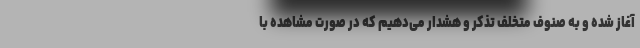
آغاز شده و به صنوف متخلف تذکر و هشدار می‌دهیم که در صورت مشاهده با